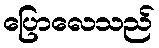
ပြောလေသည်